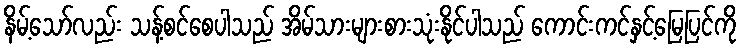
နိမ့်သော်လည်း သန့်စင်စေပါသည် အိမ်သားများစားသုံးနိုင်ပါသည် ကောင်းကင်နှင့်မြေပြင်ကို